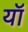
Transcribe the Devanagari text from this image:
यॉ